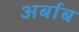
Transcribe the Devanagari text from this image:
अर्बाब